Leaving Certificate Examination (including Day School Certificate (Higher) General paper), 1934
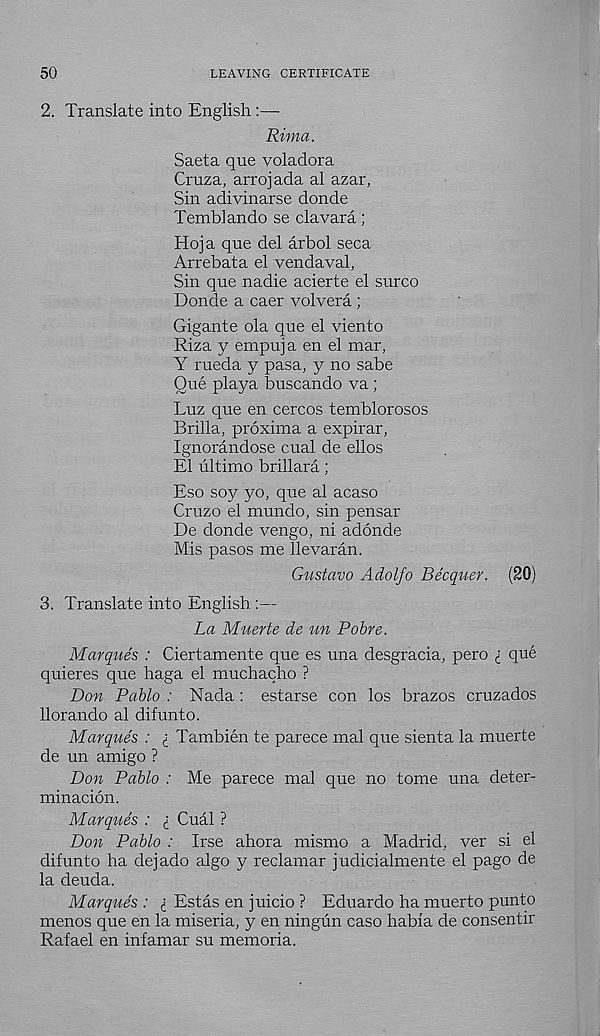
50
LEAVING CERTIFICATE
2. Translate into English :—■
Rima.
Saeta que voladora
Cruza, arrojada al azar,
Sin adivinarse donde
Temblando se clavara;
Hoja que del arbol seca
Arrebata el vendaval,
Sin que nadie acierte el surco
Donde a caer volvera ;
Gigante ola que el viento
Riza y empuja en el mar,
Y rueda y pasa, y no sabe
Oue playa buscando va ;
Luz que en cercos temblorosos
Brilla, proxima a expirar,
Ignorandose cual de ellos
El ultimo brillara;
Eso soy yo, que al acaso
Cruzo el mundo, sin pensar
De donde vengo, ni adonde
Mis pasos me llevaran.
Gustavo Adolfo Becquer. (20)
3. Translate into English :—
La Muerte de un Pobre.
Marques : Ciertamente que es una desgracia, pero I que
quieres que haga el muchacho ?
Don Pablo : Nada : estarse con los brazos cruzados
llorando al difunto.
Marques : i Tambien te parece mal que sienta la muerte
de un amigo ?
Don Pablo : Me parece mal que no tome una deter-
minacion.
Marques : i Cual ?
Don Pablo : Irse ahora mismo a Madrid, ver si el
difunto ha dejado algo y reclamar judicialmente el pago de
la deuda.
Marques : i Estas en juicio ? Eduardo ha muerto punto
menos que en la miseria, y en ningun caso habia de consentir
Rafael en infamar su memoria.